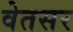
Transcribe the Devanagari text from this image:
वेतसर